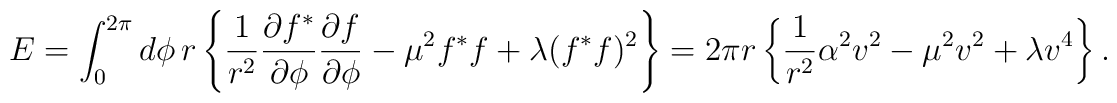
E =	\int_0^{2 \pi} d \phi \, r	\left\{		\frac{1}{r^2}		\frac{\partial f^*}{\partial \phi}		\frac{\partial f}{\partial \phi}		- \mu^2 f^* f		+ \lambda (f^* f)^2	\right\}	=	2 \pi r	\left\{		\frac{1}{r^2}  \alpha^2 v^2		- \mu^2 v^2		+ \lambda v^4	\right\}.